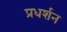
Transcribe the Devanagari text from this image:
प्रधर्शन